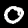
Label: 0